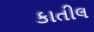
કાતીલ